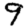
Digit: 9